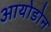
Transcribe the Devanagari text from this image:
आयोडोन